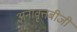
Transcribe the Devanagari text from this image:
अनावृत्तबीजी